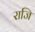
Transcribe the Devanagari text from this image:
राजि